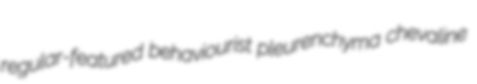
regular-featured behaviourist pleurenchyma chevaline